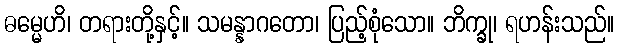
ဓမ္မေဟိ၊ တရားတို့နှင့်။ သမန္နာဂတော၊ ပြည့်စုံသော။ ဘိက္ခု၊ ရဟန်းသည်။